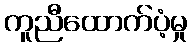
ကူညီထောက်ပံ့မှု